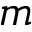
m